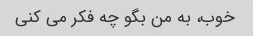
خوب، به من بگو چه فکر می کنی